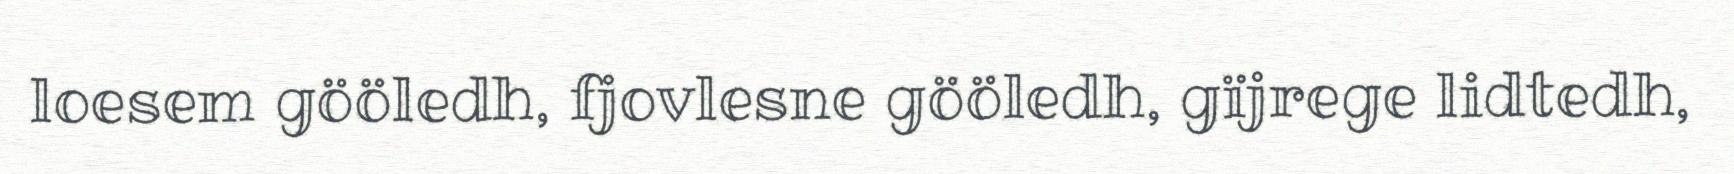
loesem gööledh, fjovlesne gööledh, gïjrege lidtedh,